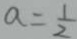
a = \frac { 1 } { 2 }